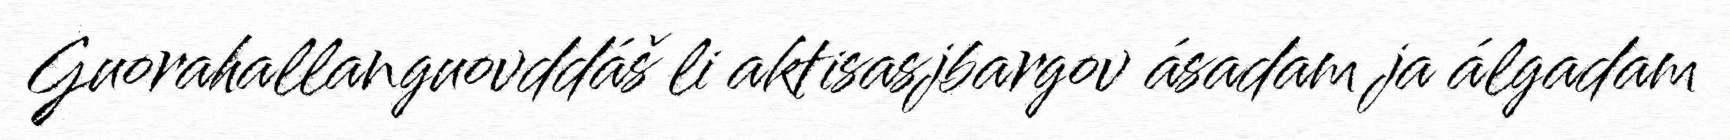
Guorahallanguovddáš li aktisasjbargov ásadam ja álgadam